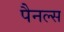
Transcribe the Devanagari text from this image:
पैनल्स